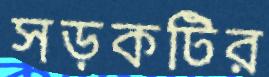
সড়কটির